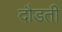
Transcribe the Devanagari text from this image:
दौडती